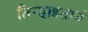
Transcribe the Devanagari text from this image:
तिऱ्हाइतानं